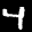
Label: 4